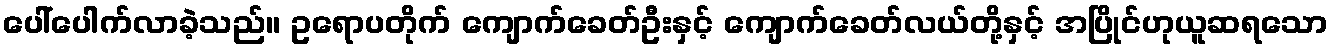
ပေါ်ပေါက်လာခဲ့သည်။ ဥရောပတိုက် ကျောက်ခေတ်ဦးနှင့် ကျောက်ခေတ်လယ်တို့နှင့် အပြိုင်ဟုယူဆရသော